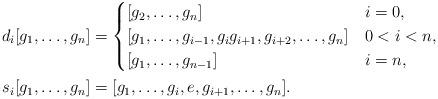
LaTeX: \begin{align*}\begin{aligned} d_i[g_1,\ldots,g_n] &= \begin{cases} [g_2,\ldots,g_n] &i = 0,\\ [g_1,\ldots, g_{i-1},g_i g_{i+1}, g_{i+2},\ldots,g_n] &0<i<n,\\ [g_1,\ldots,g_{n-1}] &i = n, \end{cases} \\ s_i[g_1,\ldots,g_n] & = [g_1,\ldots,g_i,e,g_{i+1},\ldots,g_n].\end{aligned}\end{align*}